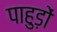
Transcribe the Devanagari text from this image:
पाहुड़ों